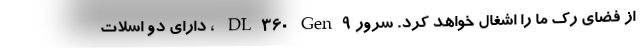
از فضای رک ما را اشغال خواهد کرد. سرور DL360 Gen9 ، دارای دو اسلات